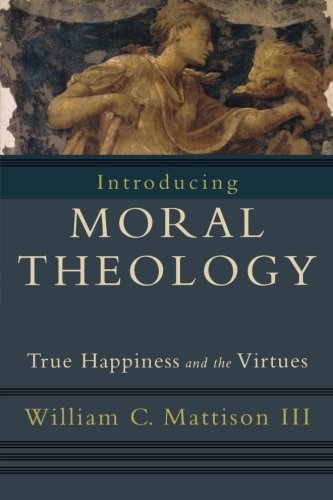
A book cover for Introducing Moral Theology: True Happiness and the Virtues; William C. Mattison III; Religion & Spirituality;